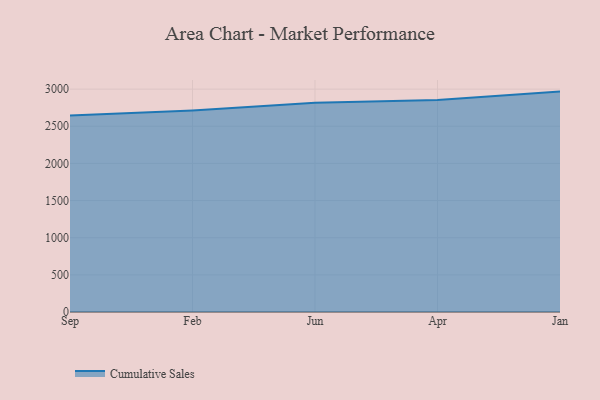
{"axis": {"x": "Month", "y": "Page Views"}, "legend": ["Cumulative Sales"], "data": [{"x": "Sep", "y": 2643.9, "type": "Cumulative Sales"}, {"x": "Feb", "y": 2712.3, "type": "Cumulative Sales"}, {"x": "Jun", "y": 2816.7, "type": "Cumulative Sales"}, {"x": "Apr", "y": 2854.4, "type": "Cumulative Sales"}, {"x": "Jan", "y": 2966.7, "type": "Cumulative Sales"}]}